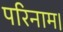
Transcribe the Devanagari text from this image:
परिनाम।